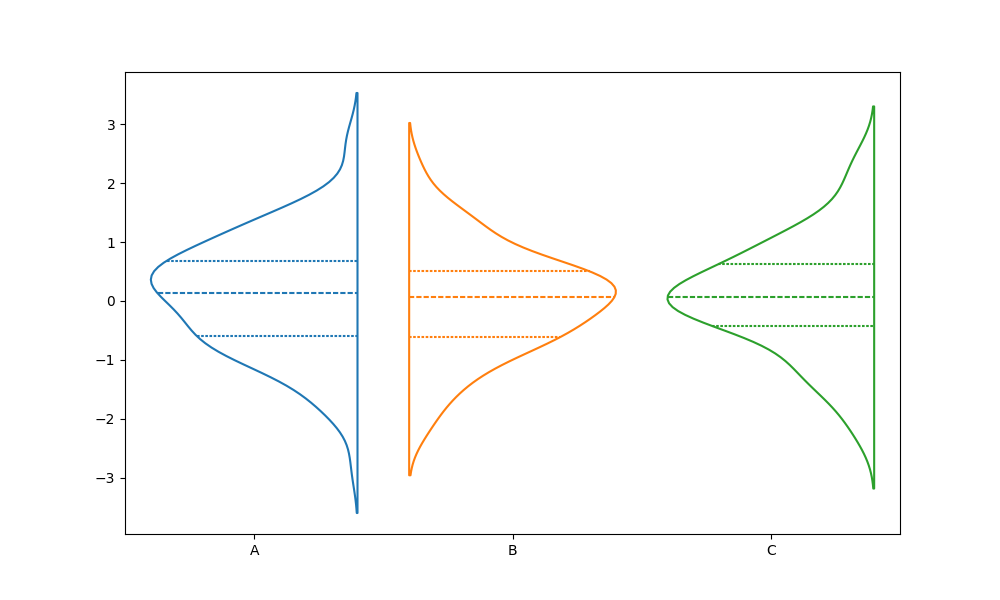
python, seaborn, violinplot, scale='count', split='True', inner='quart', fill='False'